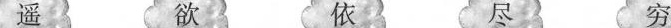
遥 欲 依 尽 穷